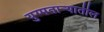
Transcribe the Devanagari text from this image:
युग्मताऱ्यातील